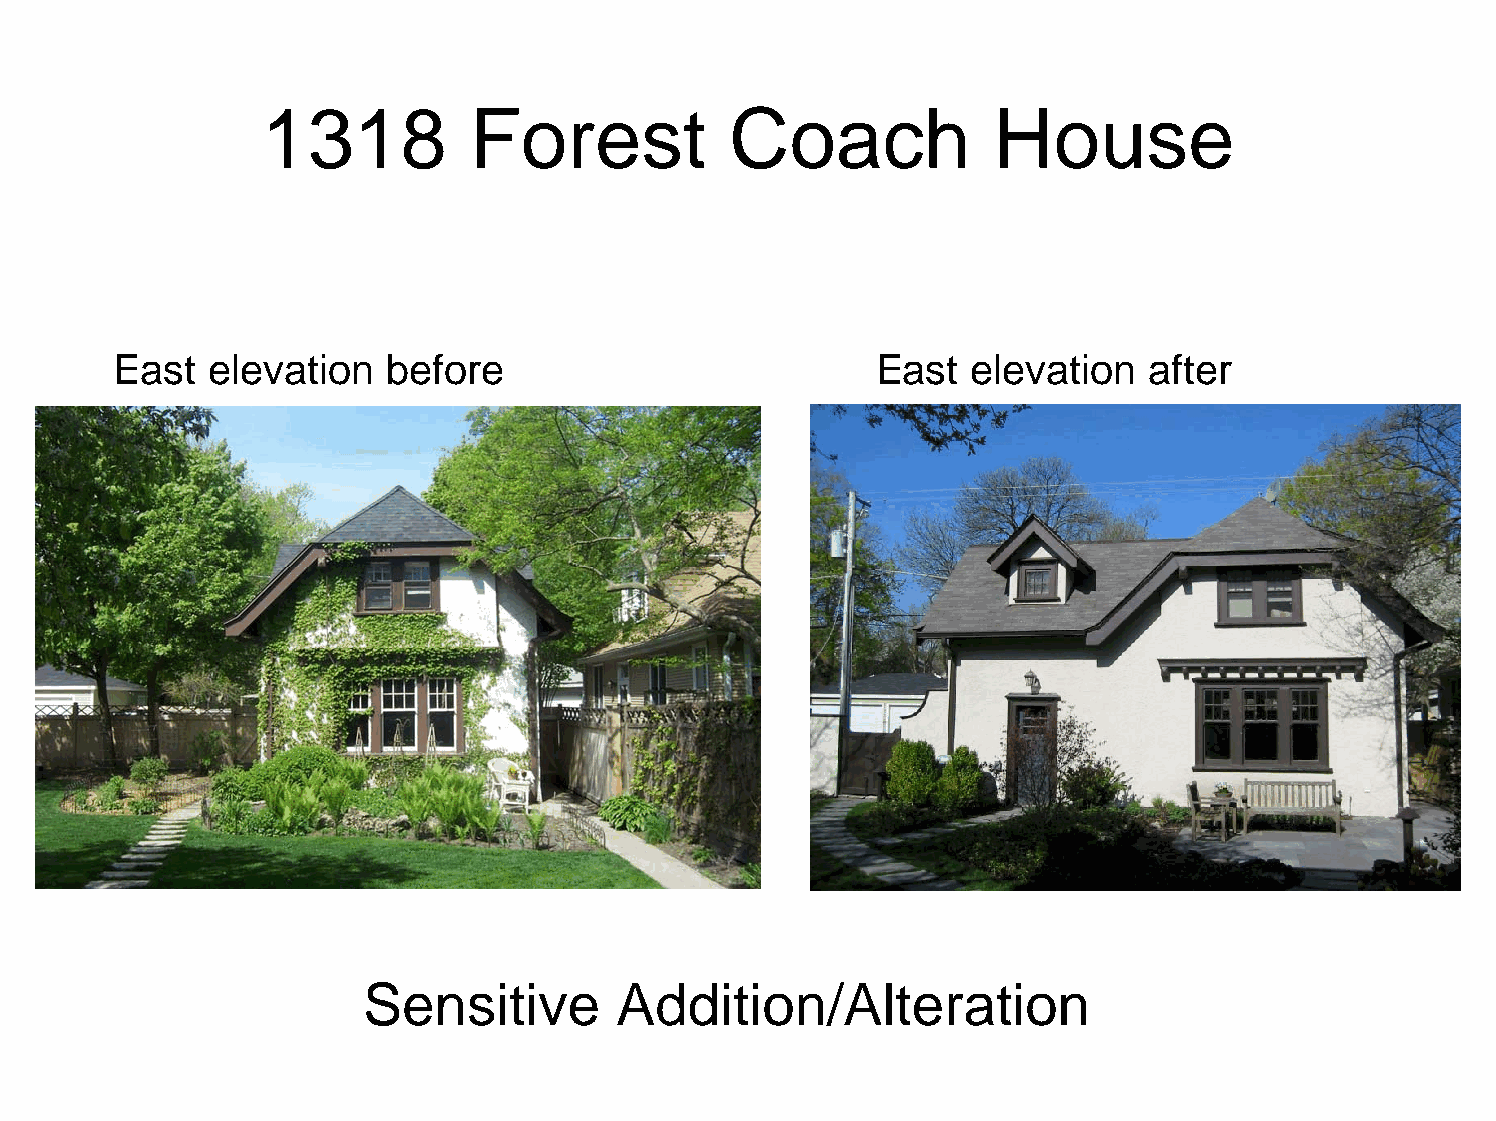
1318          Forest           Coach             House
 East  elevation   before                          East  elevation   after
 Sensitive        Addition/Alteration